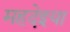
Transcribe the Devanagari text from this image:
महदेइया